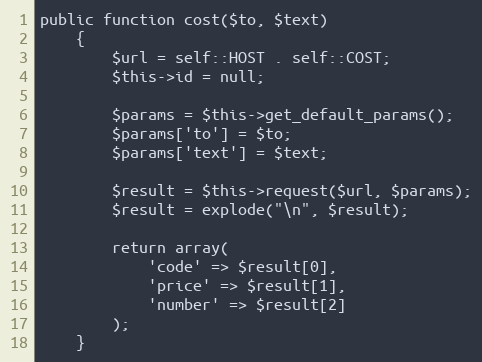
Language: PHP
public function cost($to, $text)
    {
        $url = self::HOST . self::COST;
        $this->id = null;

        $params = $this->get_default_params();
        $params['to'] = $to;
        $params['text'] = $text;

        $result = $this->request($url, $params);
        $result = explode("\n", $result);

        return array(
            'code' => $result[0],
            'price' => $result[1],
            'number' => $result[2]
        );
    }